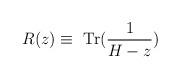
LaTeX: \begin{align*}R(z)\equiv \textrm{ Tr}(\frac{1}{H-z})\end{align*}